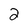
Character: 2